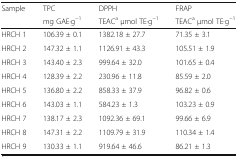
<table><thead><tr><td rowspan="2"><b>Sample</b></td><td><b>TPC</b></td><td><b>DPPH</b></td><td><b>FRAP</b></td></tr><tr><td><b>mg GAE·g<sup>−1</sup></b></td><td><b>TEAC<sup>a</sup> μmol TE·g<sup>−1</sup></b></td><td><b>TEAC<sup>a</sup> μmol TE·g<sup>−1</sup></b></td></tr></thead><tbody><tr><td>HRCH 1</td><td>106.39 ± 0.1</td><td>1382.18 ± 27.7</td><td>71.35 ± 3.1</td></tr><tr><td>HRCH 2</td><td>147.32 ± 1.1</td><td>1126.91 ± 43.3</td><td>105.51 ± 1.9</td></tr><tr><td>HRCH 3</td><td>143.40 ± 2.3</td><td>999.64 ± 32.0</td><td>101.65 ± 0.4</td></tr><tr><td>HRCH 4</td><td>128.39 ± 2.2</td><td>230.96 ± 11.8</td><td>85.59 ± 2.0</td></tr><tr><td>HRCH 5</td><td>136.80 ± 2.2</td><td>858.33 ± 37.9</td><td>96.82 ± 0.6</td></tr><tr><td>HRCH 6</td><td>143.03 ± 1.1</td><td>584.23 ± 1.3</td><td>103.23 ± 0.9</td></tr><tr><td>HRCH 7</td><td>138.17 ± 2.3</td><td>1092.36 ± 69.1</td><td>99.66 ± 6.9</td></tr><tr><td>HRCH 8</td><td>147.31 ± 2.2</td><td>1109.79 ± 31.9</td><td>110.34 ± 1.4</td></tr><tr><td>HRCH 9</td><td>130.33 ± 1.1</td><td>919.64 ± 46.6</td><td>86.21 ± 1.3</td></tr></tbody></table>